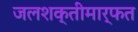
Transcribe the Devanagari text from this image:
जलशक्तीमार्फत